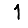
Digit: 1